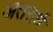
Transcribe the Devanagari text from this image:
अतरार्ध